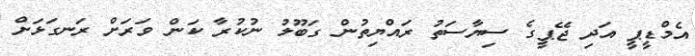
އެމްޑީޕީ އަދި ޖޭޕީގެ ސިޔާސަތު ރައްޔިތުން ގަބޫލު ނުކުރާ ކަން ވަރަށް ރަނގަޅަށް